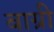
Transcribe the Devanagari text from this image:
बाग्री